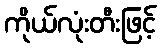
ကိုယ်လုံးတီးဖြင့်